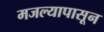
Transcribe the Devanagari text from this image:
मजल्यापासून